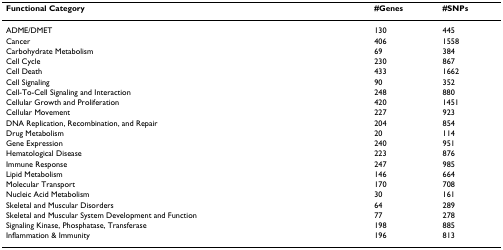
| Functional Category | #Genes | #SNPs |
 | --- | --- | --- |
 | ADME/DMET | 130 | 445 |
 | Cancer | 406 | 1558 |
 | Carbohydrate Metabolism | 69 | 384 |
 | Cell Cycle | 230 | 867 |
 | Cell Death | 433 | 1662 |
 | Cell Signaling | 90 | 352 |
 | Cell-To-Cell Signaling and Interaction | 248 | 880 |
 | Cellular Growth and Proliferation | 420 | 1451 |
 | Cellular Movement | 227 | 923 |
 | DNA Replication, Recombination, and Repair | 204 | 854 |
 | Drug Metabolism | 20 | 114 |
 | Gene Expression | 240 | 951 |
 | Hematological Disease | 223 | 876 |
 | Immune Response | 247 | 985 |
 | Lipid Metabolism | 146 | 664 |
 | Molecular Transport | 170 | 708 |
 | Nucleic Acid Metabolism | 30 | 161 |
 | Skeletal and Muscular Disorders | 64 | 289 |
 | Skeletal and Muscular System Development and Function | 77 | 278 |
 | Signaling Kinase, Phosphatase, Transferase | 198 | 885 |
 | Inflammation & Immunity | 196 | 813 |